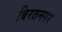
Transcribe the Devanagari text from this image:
बिरतनगर